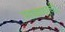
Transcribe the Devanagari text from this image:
साबणाची